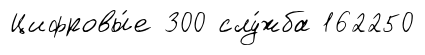
Цифровы́е 300 слу́жба 162250